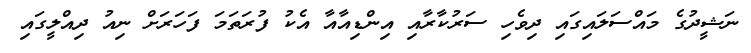
ނަޝީދުގެ މައްސަލައިގައި ދިވެހި ސަރުކާރާއި އިންޑިއާއާ އެކު ފުރަތަމަ ފަހަރަށް ނިއު ދިއްލީގައި